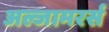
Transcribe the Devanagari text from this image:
अल्जामरर्स